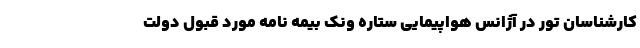
کارشناسان تور در آژانس هواپیمایی ستاره ونک بیمه نامه مورد قبول دولت